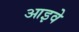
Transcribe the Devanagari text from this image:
आइवे